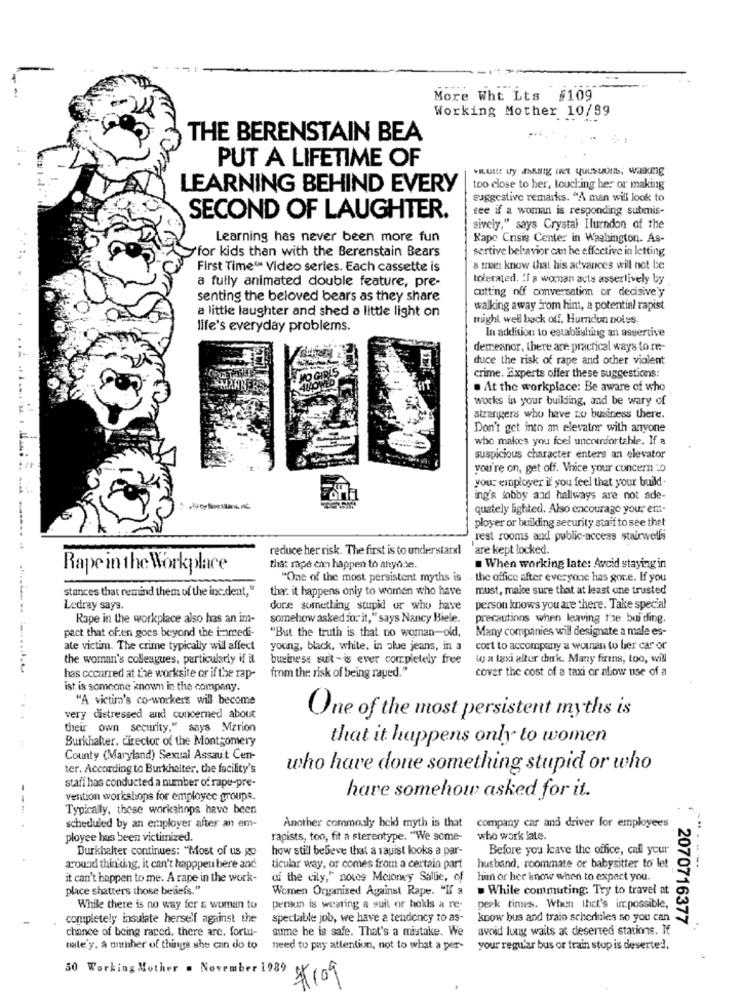
More Wht Lts $109
Working Mother 10/99
THE BERENSTAIN BEA
PUT A LIFETIME OF
LEARNING BEHIND EVERY
too close to her, touching her or makmg
suggestive remarks. "A man will look to
fee if a woman is responding submis-
SECOND OF LAUGHTER.
sively," says Crystal Hluendon of the
Learning has never been more fun
Kapo Crisis Center in Washington. As-
yfor kids than with the Berenstain Bears
sertive behavior can he effective in letting
First Time" Video series. Each cassette is
a man know that his advances will not be
a fully animated double feature, pre-
tolerated. ! I a woman acts asserlively by
cutting off conversation or decisive'y
senting the beloved bears as they share
a little laughter and shed a little light on
walking away From him, a potential rapist
might well back off. Hurndon noles.
life's everyday problems.
In addition to establishing an assertive
1-
demeanor, there are practical ways to re-
duce the risk of rape and other violent
crime. Experts offer these suggestions:
. At the workplace: Be aware of who
works in your building, and be wary of
strangers who have zo business there.
Don't get into an elevator with anyone
who makes you feel uncomfortable. If a
suspicious character enters an elevator
you're on, get off. Vnice your concern 0
your employer if you feel that your build
ing's Jobby and hallways are not ade-
4 cy Breulas, vc.
quately lighted. Also encourage your em-
ployer or building security staif to see thet
rest rooms and public-access stairwells
reduce her risk. The first is to understatxl
are kept locked.
Rape in the Workplace
that rape can happen to anyone.
. When working late: Avoid staying in
"One of the most persistent myths is
. the office after everyone has gone. If you
stances that remind them of the inc.dent,"
the: it happens only to women who have
must, make sure that at least one trusted
Ledray says.
doce something stupid or who have
person knows you are there. Take special
Rape in the workplace also has an im-
somehow asked io: it," says Nancy Biele.
precautions when leaving the buiding.
pact that often goes beyond the i-medi-
Many companies will designate a male es-
"But the truth is that no woman-old.
ate victim. The crime typically will affect
young, black, white, in blue jeans, in a
cort to accompany a woman to ber car or
the woman's colleagues, particularly if it
business suit -is ever completely free
io a taxi alter chark. Many firins, too, will
cover the cost of a taxi or alow use of a
has occurred at the worksite or if the rap-
from the risk of being raped."
ist is someone known in the company.
"A victim's co-workers will become
very distressed and concerned about
One of the most persistent myths is
their own security," says Marion
Burkhalter, director of the Montgomery
that it happens only to women
County (Maryland) Sexual Assault Cen-
ter. According to Burkhalter, the facility's
who have done something stupid or who
staff has conducted a number of rape-pre-
--
vention workshops for employee groups.
hare somehow asked for it.
Typically, these workshops have been
scheduled by an employer after an em-
Another commonly held myth is that
company car and driver for employees
ployee has been victimized.
rapists, too, fit a sterentype. "We some-
who work late.
Burkhalter continues: "Most of us go
how still bebeve that a rapist looks a par-
Before you leave the office, call your
around thinking, it can't happpeu bere and
ticular way, or comes from a certain part
husband, roommate or babysitter to let
--- ---
it can't happen to me. A rape in the work-
af the cily," notes Mcioney Sallie, of
him or her know when to expect you.
place shatters those beliefs."
Women Organized Against Rape. "If a
. While commuting: Try to travel at
While there is no way for & woman to
person is wearing a suit or hokls a re-
peak times. When that's impossible,
completely insulate herself against the
spectable job, we have a tendency to as-
know bus and train schedules so you can
chance of being raped. there are. fortu-
sume he is safe. That's a mistake. We
avoid luny waits at deserted stations. If
2070716377
nale y, a number of things she can do to
need to pay attention, not to what a per-
your regular bus or train stop is deserted,
50 Working Mother . November 1989
#109